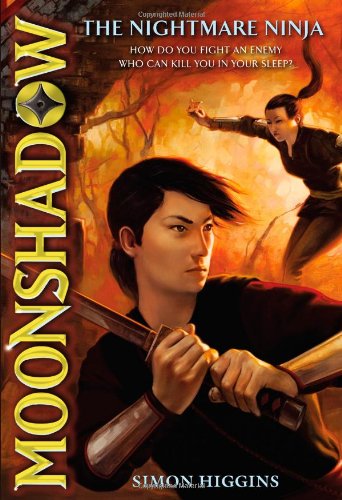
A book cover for Moonshadow #2: The Nightmare Ninja; Simon Higgins; Children's Books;